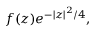
f ( z ) e ^ { - \vert z \vert ^ { 2 } / 4 } ,